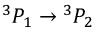
{ } ^ { 3 } P _ { 1 } \rightarrow { } ^ { 3 } P _ { 2 }